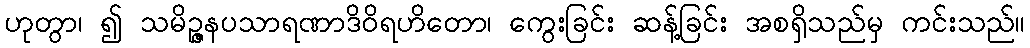
ဟုတွာ၊ ၍ သမိဉ္ဇနပသာရဏာဒိဝိရဟိတော၊ ကွေးခြင်း ဆန့်ခြင်း အစရှိသည်မှ ကင်းသည်။